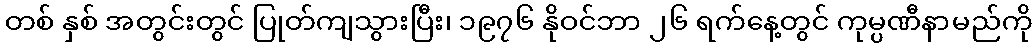
တစ် နှစ် အတွင်းတွင် ပြုတ်ကျသွားပြီး၊ ၁၉၇၆ နိုဝင်ဘာ ၂၆ ရက်နေ့တွင် ကုမ္ပဏီနာမည်ကို